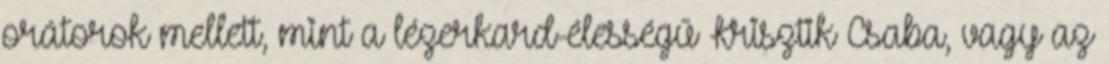
orátorok mellett, mint a lézerkard-élességű Krisztik Csaba, vagy az